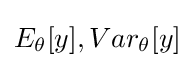
E_{\theta }[y],Var_{\theta }[y]